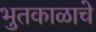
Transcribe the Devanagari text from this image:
भुतकाळाचे